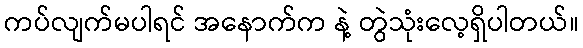
ကပ်လျက်မပါရင် အနောက်က နဲ့ တွဲသုံးလေ့ရှိပါတယ်။